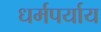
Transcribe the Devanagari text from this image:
धर्मपर्याय